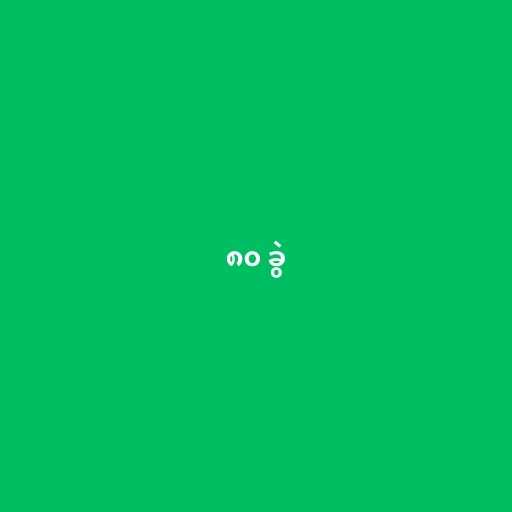
၈၀ ခွဲ